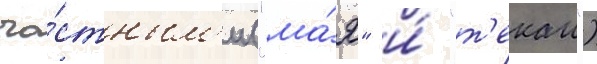
ча́стным'и ("ма́я" и́ "т'екаи")